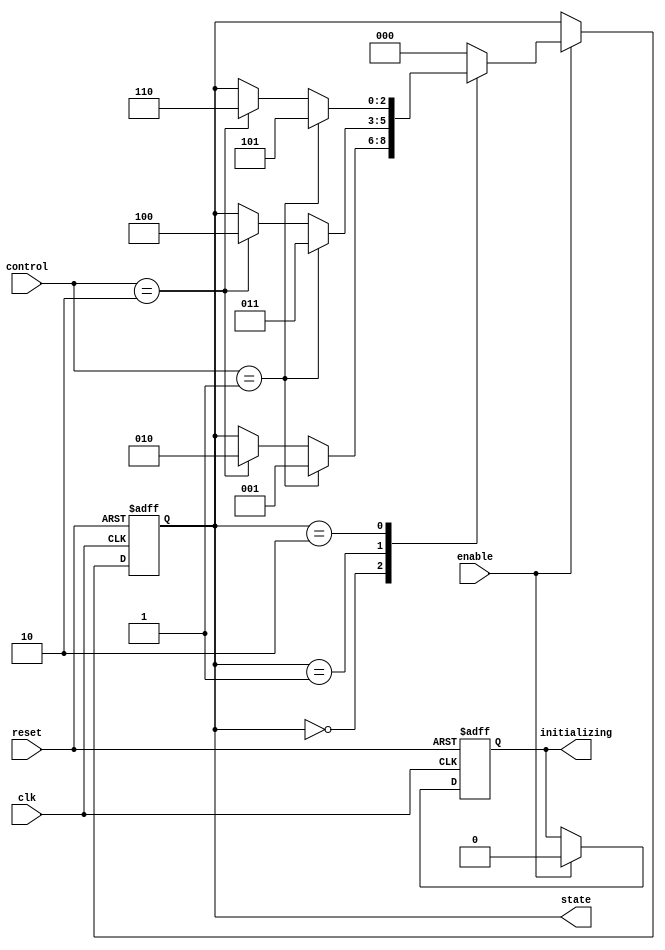
module PreConfiguredStateInitialization (
    input wire clk,                // Clock signal
    input wire reset,              // Active-high reset signal
    input wire enable,             // Control input to enable state transitions
    input wire [1:0] control,      // Other control inputs for state transitions
    output reg [2:0] state,        // State output (3-bit for 8 states)
    output reg initializing        // Status signal indicating initialization phase
);

    // State encoding
    localparam STATE_INIT = 3'b000; // Predefined initial state
    localparam STATE_1    = 3'b001; // Example state 1
    localparam STATE_2    = 3'b010; // Example state 2
    localparam STATE_3    = 3'b011; // Example state 3
    localparam STATE_4    = 3'b100; // Example state 4
    localparam STATE_5    = 3'b101; // Example state 5
    localparam STATE_6    = 3'b110; // Example state 6
    localparam STATE_7    = 3'b111; // Example state 7

    // State transition logic
    always @(posedge clk or posedge reset) begin
        if (reset) begin
            // Reset to the predefined initial state
            state <= STATE_INIT;
            initializing <= 1'b1; // Indicate initialization phase
        end else if (enable) begin
            initializing <= 1'b0; // Clear initialization status
            case (state)
                STATE_INIT: begin
                    // Transition logic from initial state
                    if (control == 2'b01) state <= STATE_1;
                    else if (control == 2'b10) state <= STATE_2;
                end
                STATE_1: begin
                    // Transition logic from state 1
                    if (control == 2'b01) state <= STATE_3;
                    else if (control == 2'b10) state <= STATE_4;
                end
                STATE_2: begin
                    // Transition logic from state 2
                    if (control == 2'b01) state <= STATE_5;
                    else if (control == 2'b10) state <= STATE_6;
                end
                // Additional state transitions can be added here
                default: state <= STATE_INIT; // Default case to handle unexpected states
            endcase
        end
    end

endmodule